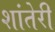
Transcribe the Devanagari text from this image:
शांतेरी